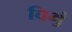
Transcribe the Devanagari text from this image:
विभुं